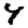
Digit: 4